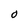
Character: O